Annual report of the Punjab Veterinary College and of the Civil Veterinary Department, Punjab - 1926-1932
Year: 1926
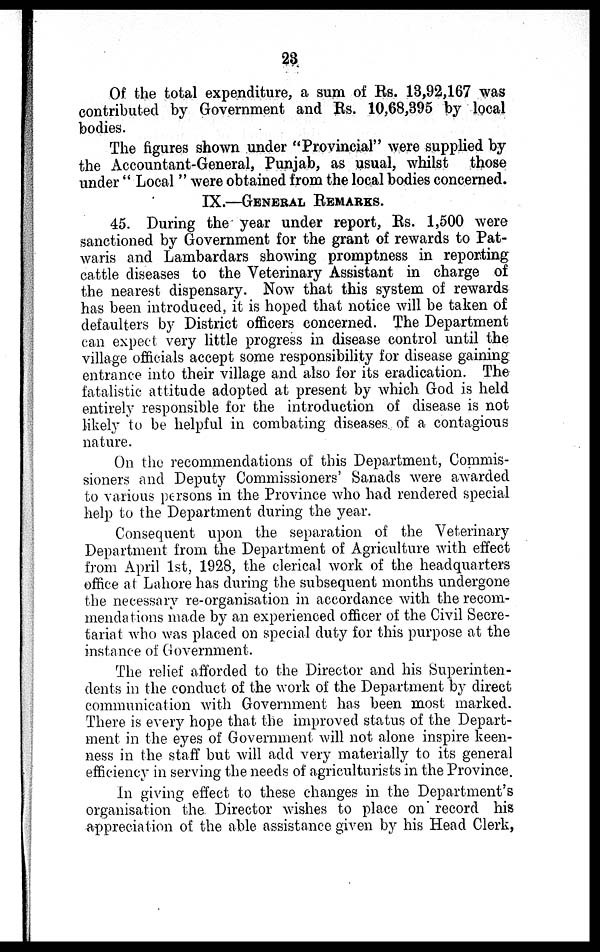
23
Of the total expenditure, a sum of Rs. 13,92,167 was
contributed by Government and Rs. 10,68,395 by local
bodies.
The figures shown under "Provincial" were supplied by
the Accountant-General, Punjab, as usual, whilst those
under "Local" were obtained from the local bodies concerned.
IX.—GENERAL REMARKS.
45. During the year under report, Rs. 1,500 were
sanctioned by Government for the grant of rewards to Pat-
waris and Lambardars showing promptness in reporting
cattle diseases to the Veterinary Assistant in charge of
the nearest dispensary. Now that this system of rewards
has been introduced, it is hoped that notice will be taken of
defaulters by District officers concerned. The Department
can expect very little progress in disease control until the
village officials accept some responsibility for disease gaining
entrance into their village and also for its eradication. The
fatalistic attitude adopted at present by which God is held
entirely responsible for the introduction of disease is not
likely to be helpful in combating diseases of a contagious
nature.
On the recommendations of this Department, Commis-
sioners and Deputy Commissioners' Sanads were awarded
to various persons in the Province who had rendered special
help to the Department during the year.
Consequent upon the separation of the Veterinary
Department from the Department of Agriculture with effect
from April 1st, 1928, the clerical work of the headquarters
office at Lahore has during the subsequent months undergone
the necessary re-organisation in accordance with the recom-
mendations made by an experienced officer of the Civil Secre-
tariat who was placed on special duty for this purpose at the
instance of Government.
The relief afforded to the Director and his Superinten-
dents in the conduct of the work of the Department by direct
communication with Government has been most marked.
There is every hope that the improved status of the Depart-
ment in the eyes of Government will not alone inspire keen-
ness in the staff but will add very materially to its general
efficiency in serving the needs of agriculturists in the Province.
In giving effect to these changes in the Department's
organisation the Director wishes to place on record his
appreciation of the able assistance given by his Head Clerk,